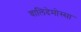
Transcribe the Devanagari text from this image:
वालिदेमोस्सा